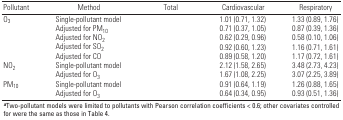
<table><thead><tr><td><b>Pollutant</b></td><td><b>Method</b></td><td><b>Total</b></td><td><b>Cardiovascular</b></td><td><b>Respiratory</b></td></tr></thead><tbody><tr><td>O<sub>3</sub></td><td>[EMPTY_CELL]</td><td>Single-pollutant model</td><td>[EMPTY_CELL]</td><td>[EMPTY_CELL]</td><td>[EMPTY_CELL]</td><td>1.01 (0.71, 1.32)</td><td>[EMPTY_CELL]</td><td>1.33 (0.89, 1.76)</td></tr><tr><td>[EMPTY_CELL]</td><td>[EMPTY_CELL]</td><td>Adjusted for PM<sub>10</sub></td><td>[EMPTY_CELL]</td><td>[EMPTY_CELL]</td><td>[EMPTY_CELL]</td><td>0.71 (0.37, 1.05)</td><td>[EMPTY_CELL]</td><td>0.87 (0.39, 1.36)</td></tr><tr><td>[EMPTY_CELL]</td><td>[EMPTY_CELL]</td><td>Adjusted for NO<sub>2</sub></td><td>[EMPTY_CELL]</td><td>[EMPTY_CELL]</td><td>[EMPTY_CELL]</td><td>0.62 (0.29, 0.96)</td><td>[EMPTY_CELL]</td><td>0.58 (0.10, 1.06)</td></tr><tr><td>[EMPTY_CELL]</td><td>[EMPTY_CELL]</td><td>Adjusted for SO<sub>2</sub></td><td>[EMPTY_CELL]</td><td>[EMPTY_CELL]</td><td>[EMPTY_CELL]</td><td>0.92 (0.60, 1.23)</td><td>[EMPTY_CELL]</td><td>1.16 (0.71, 1.61)</td></tr><tr><td>[EMPTY_CELL]</td><td>[EMPTY_CELL]</td><td>Adjusted for CO</td><td>[EMPTY_CELL]</td><td>[EMPTY_CELL]</td><td>[EMPTY_CELL]</td><td>0.89 (0.58, 1.20)</td><td>[EMPTY_CELL]</td><td>1.17 (0.72, 1.61)</td></tr><tr><td>NO<sub>2</sub></td><td>[EMPTY_CELL]</td><td>Single-pollutant model</td><td>[EMPTY_CELL]</td><td>[EMPTY_CELL]</td><td>[EMPTY_CELL]</td><td>2.12 (1.58, 2.65)</td><td>[EMPTY_CELL]</td><td>3.48 (2.73, 4.23)</td></tr><tr><td>[EMPTY_CELL]</td><td>[EMPTY_CELL]</td><td>Adjusted for O<sub>3</sub></td><td>[EMPTY_CELL]</td><td>[EMPTY_CELL]</td><td>[EMPTY_CELL]</td><td>1.67 (1.08, 2.25)</td><td>[EMPTY_CELL]</td><td>3.07 (2.25, 3.89)</td></tr><tr><td>PM<sub>10</sub></td><td>[EMPTY_CELL]</td><td>Single-pollutant model</td><td>[EMPTY_CELL]</td><td>[EMPTY_CELL]</td><td>[EMPTY_CELL]</td><td>0.91 (0.64, 1.19)</td><td>[EMPTY_CELL]</td><td>1.26 (0.88, 1.65)</td></tr><tr><td>[EMPTY_CELL]</td><td>[EMPTY_CELL]</td><td>Adjusted for O<sub>3</sub></td><td>[EMPTY_CELL]</td><td>[EMPTY_CELL]</td><td>[EMPTY_CELL]</td><td>0.64 (0.34, 0.95)</td><td>[EMPTY_CELL]</td><td>0.93 (0.51, 1.36)</td></tr><tr><td colspan="9"><b>a</b>Two-pollutant models were limited to pollutants withPearson correlation coefficients &lt; 0.6; other covariates controlledfor were the same as those in Table 4.</td></tr></tbody></table>